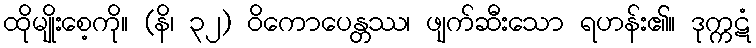
ထိုမျိုးစေ့ကို။ (နိ၊ ၃၂) ဝိကောပေန္တဿ၊ ဖျက်ဆီးသော ရဟန်း၏။ ဒုက္ကဋံ